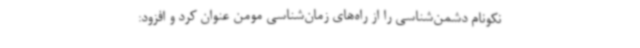
نکونام دشمن‌شناسی را از راه‌های زمان‌شناسی مومن عنوان کرد و افزود: